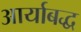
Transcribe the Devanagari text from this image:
आर्याबद्ध